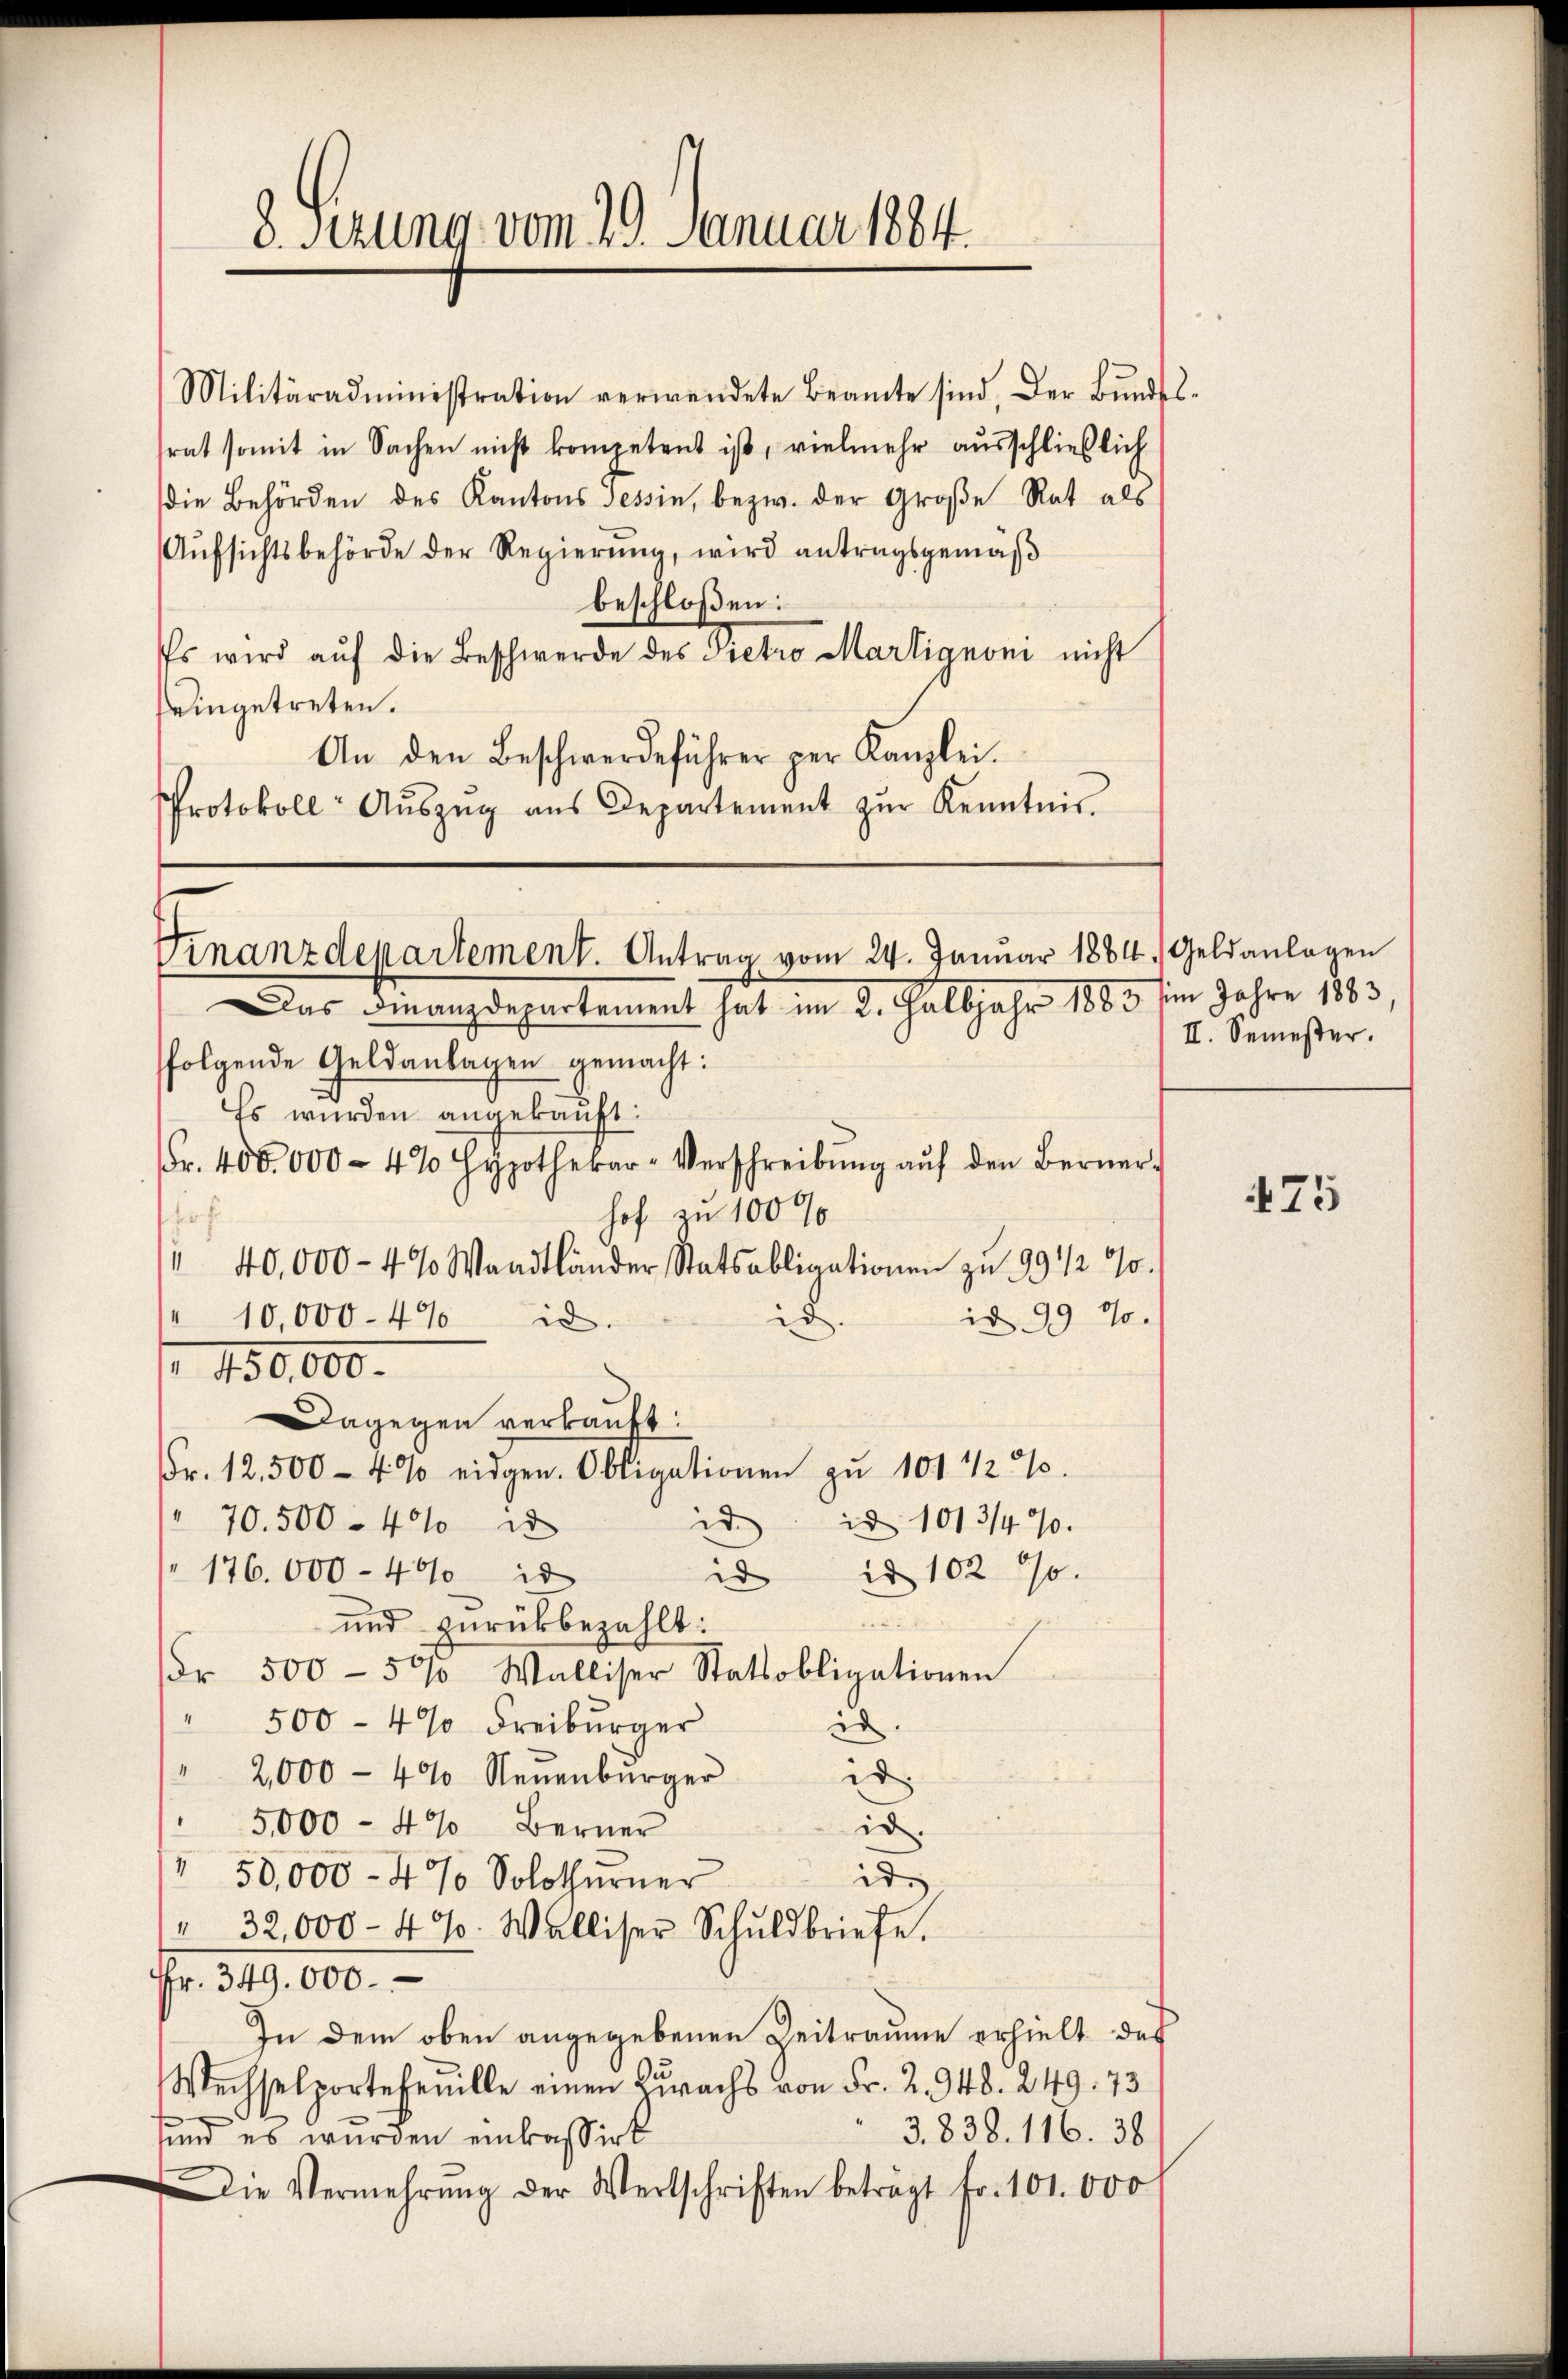
8. Sezung vom 29. Januar 1884.

Militäradministration verwendete Beamte sind. Der Bŭndel-
srat somit in Sachen nicht kompetent ist, vielmehr ausschließlich
die Behörden des Kantons Tessin, bezw. der Große Rat als
Aŭfsichtsbehörde der Regierŭng, wird antragsgemäß
beschloßen:
Es wird aŭf die Beschwerde des Dietro Martignoni nicht
eingetreten.
An den Beschwerdeführer per Kanzlei.
Protokoll Aŭszŭg aŭs Departement zŭr Kenntnis

Finanzdepartement. Antrag vom 24. Januar 1884. Geldanlagen
Das Finanzdepartement hat im 2. Halbjahr 1883 in Jahre 1883,

folgende Geldanlagen gemacht:
Es wurden angekauft:
Fr. 400000 - 4% Hypothekar-Verschreibŭng aŭf den Berner-
hof zu 100%
hof.
" 40,000 - 4% Waadtländer Statsobligationen zu 99 1/2 %
id.
" 10,000. 47 d.
id 99 10.
 1130,000.
Dagegen verkauft:
Fr. 12.500 - 4% eidgen. Obligationen zu 101 1/2 %
id
70. 500 - 40 2
id 1013/4%.
176. 000 - 400 d
id in 102 70.
und zurückbezahlt:
Fr. 500-50 Walliser Statsobligationen
" 500 - 4% Freiburger
in
¬
2,000 - 400 Neuenbürger
id.
5,000 - 4% Berner
id.
¬
50,000 - 4% Solothurner
id.
32,000 - 4%. Walliser Schuldbriefe.
Fr. 349. 000.
In dem oben angegebenen Zeitraume erhielt das
Wechselporte feuille einen Zuwachs von Fr. Z. 948. 249. 73
3.838. 116. 38.
sund es wurden einkassirt
Die Vermehrŭng der Wertschriften beträgt fr. 101. 000

II. Semester.

475